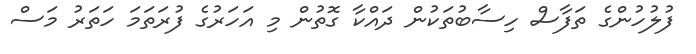
ފުލުހުންގެ ތަފާސް ހިސާބުތަކުން ދައްކާ ގޮތުން މި އަހަރުގެ ފުރަތަަމަ ހަތަރު މަސް